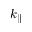
k _ { \parallel }